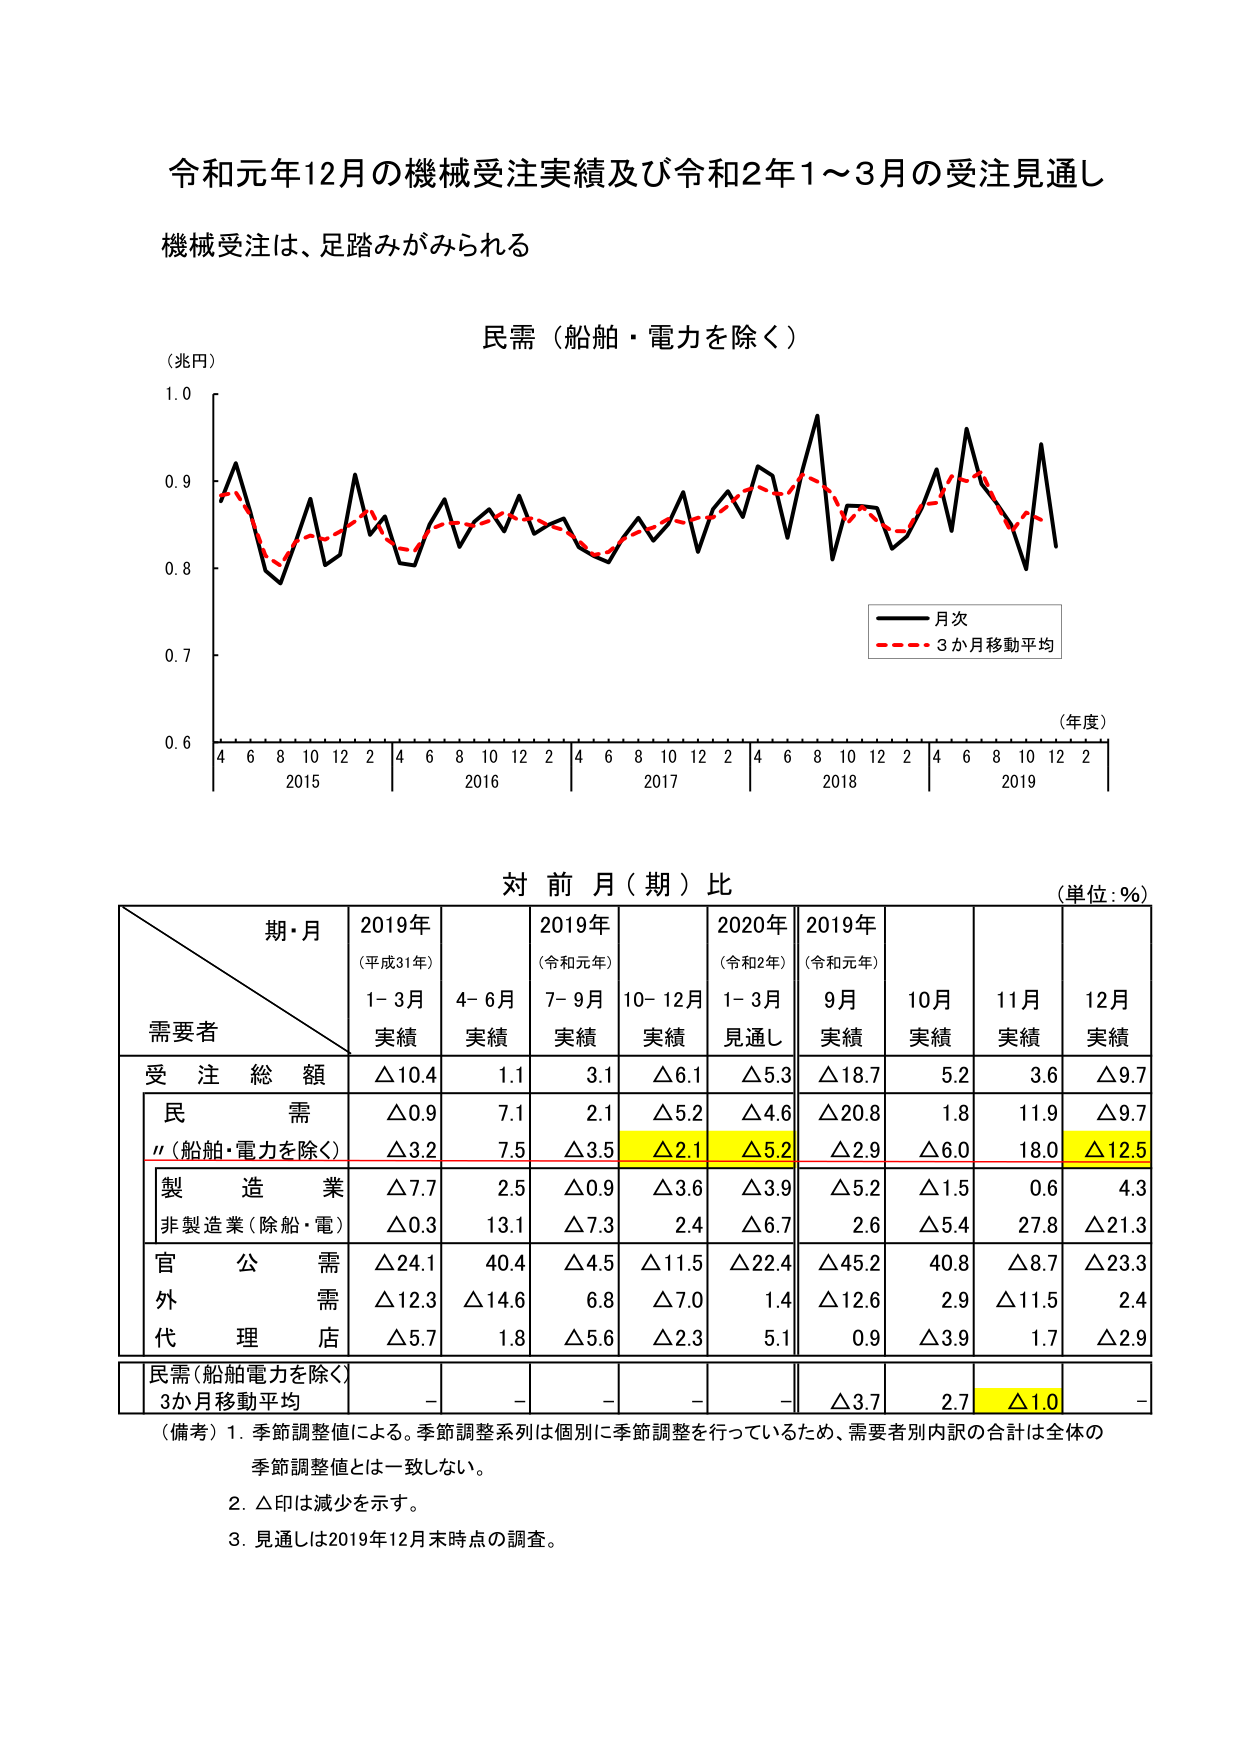
令和元年12月の機械受注実績及び令和2年1～3月の受注見通し
機械受注は、足踏みがみられる

民需（船舶・電力を除く）
（兆円）
1.0
0.9
0.8
0.7
0.6
4 6 8 10 12 2 4 6 8 10 12 2 4 6 8 10 12 2 4 6 8 10 12 2 4 6 8 10 12 2
2015 2016 2017 2018 2019
（年度）
―― 月次
―――― 3か月移動平均

対前月（期）比
（単位：％）

期・月
需要者
2019年
（平成31年）
1-3月
実績
2019年
4-6月
実績
2019年
（令和元年）
7-9月
実績
2019年
10-12月
実績
2020年
（令和2年）
1-3月
見通し
2019年
（令和元年）
9月
実績
10月
実績
11月
実績
12月
実績

受注総額
△10.4
1.1
3.1
△6.1
△5.3
△18.7
5.2
3.6
△9.7

民需
△0.9
7.1
2.1
△5.2
△4.6
△20.8
1.8
11.9
△9.7
〃（船舶・電力を除く）
△3.2
7.5
△3.5
△2.1
△5.2
△2.9
△6.0
18.0
△12.5

製造業
△7.7
2.5
△0.9
△3.6
△3.9
△5.2
△1.5
0.6
4.3
非製造業（除船・電）
△0.3
13.1
△7.3
2.4
△6.7
2.6
△5.4
27.8
△21.3

官公需
△24.1
40.4
△4.5
△11.5
△22.4
△45.2
40.8
△8.7
△23.3
外需
△12.3
△14.6
6.8
△7.0
1.4
△12.6
2.9
△11.5
2.4
代理店
△5.7
1.8
△5.6
△2.3
5.1
0.9
△3.9
1.7
△2.9

民需（船舶電力を除く）
3か月移動平均
－
－
－
－
－
△3.7
2.7
△1.0
－

（備考）1. 季節調整値による。季節調整系列は個別に季節調整を行っているため、需要者別内訳の合計は全体の季節調整値とは一致しない。
2. △印は減少を示す。
3. 見通しは2019年12月末時点の調査。